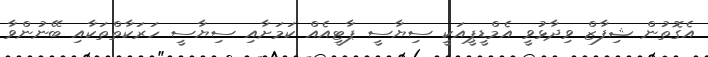
އެގޮތުން ޝިފާޒް ވިދާޅުވީ އެމްޑީޕީއަކީ ސިޔާސީ ޕާޓީއެއް ކަމަށާއި ސިޔާސީ ހަރަކާތްތަކާއި ބޭނުންވާ